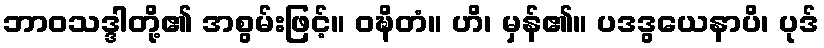
ဘာဝသဒ္ဒါတို့၏ အစွမ်းဖြင့်။ ဝဍ္ဎိတံ။ ဟိ၊ မှန်၏။ ပဒဒွယေနာပိ၊ ပုဒ်